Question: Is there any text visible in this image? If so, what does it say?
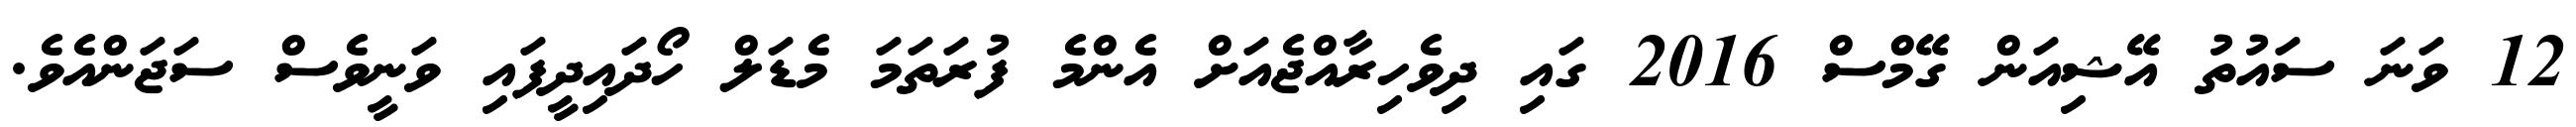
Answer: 12 ވަނަ ސައުތު އޭޝިއަން ގޭމްސް 2016 ގައި ދިވެހިރާއްޖެއަށް އެންމެ ފުރަތަމަ މެޑަލް ހޯދައިދީފައި ވަނީވެސް ސަޖަންއެވެ.